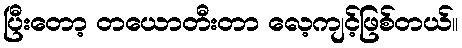
ပြီးတော့ တယောတီးတာ လေ့ကျင့်ဖြစ်တယ်။